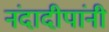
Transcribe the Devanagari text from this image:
नंदादीपांनी